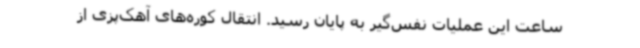
ساعت این عملیات نفس‌گیر به پایان رسید. انتقال کوره‌های آهک‌پزی از